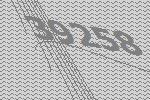
39258